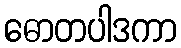
ဓောတပါဒကာ